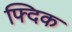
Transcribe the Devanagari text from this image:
फ्दिक